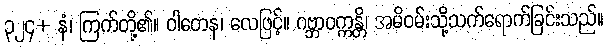
၃၂၄+ နံ၊ ကြက်တို့၏။ ဝါတေန၊ လေဖြင့်။ ဂဗ္ဘာဝက္ကန္တိ၊ အမိဝမ်းသို့သက်ရောက်ခြင်းသည်။